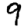
Digit: 9